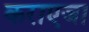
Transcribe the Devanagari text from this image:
कराएजा